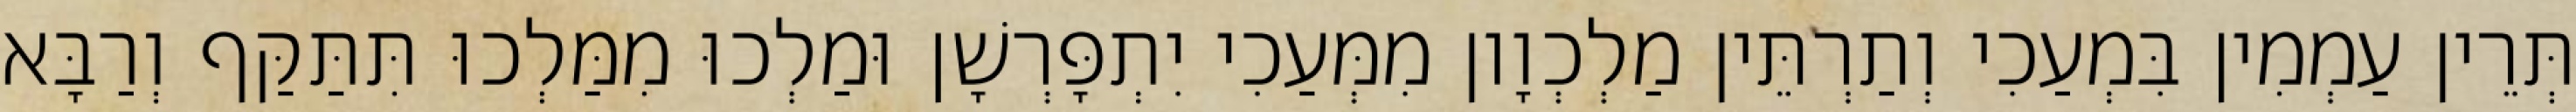
תְּרֵין עַמְמִין בִּמְעַכִי וְתַרְתֵּין מַלְכְוָון מִמְּעַכִי יִתְפָּרְשָׁן וּמַלְכוּ מִמַּלְכוּ תִּתַּקַּף וְרַבָּא